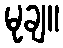
မုချ။